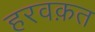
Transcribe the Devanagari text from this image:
हरवक़त